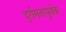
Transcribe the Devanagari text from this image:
दुर्गमतापूर्वक